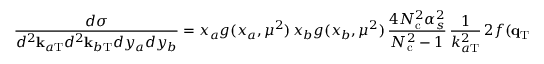
\frac { d \sigma } { d ^ { 2 } { \bf k } _ { a \mathrm { T } } d ^ { 2 } { \bf k } _ { b \mathrm { T } } d y _ { a } d y _ { b } } = x _ { a } g ( x _ { a } , \mu ^ { 2 } ) \, x _ { b } g ( x _ { b } , \mu ^ { 2 } ) \, \frac { 4 N _ { \mathrm { c } } ^ { 2 } \alpha _ { s } ^ { 2 } } { N _ { \mathrm { c } } ^ { 2 } - 1 } \, \frac { 1 } { k _ { a \mathrm { T } } ^ { 2 } } \, 2 f ( { \bf q } _ { \mathrm { T } } , { \bf k } _ { \mathrm { T } } , y _ { a } - y _ { b } ) \, \frac { 1 } { k _ { b \mathrm { T } } ^ { 2 } } ,